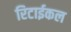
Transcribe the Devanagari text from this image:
रिटाईकल